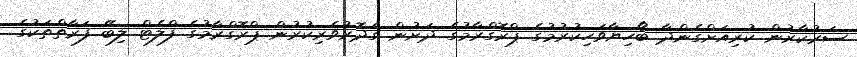
ސަރުކާރުން ކުރިއަށްގެންދާ ބޯހިޔާވަހިކުރުމުގެ ޕްރޮގްރާމުގެ ދަށުން ގެދޮރުވެރިކުރުން ޕްރޮގްރާމުގެ ފްލެޓް ލިބޭ ފަރާތްތަކުގެ